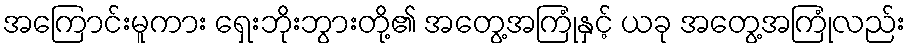
အကြောင်းမူကား ရှေးဘိုးဘွားတို့၏ အတွေ့အကြုံနှင့် ယခု အတွေ့အကြုံလည်း